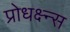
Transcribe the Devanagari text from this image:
प्रोधक्ष्न्स